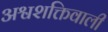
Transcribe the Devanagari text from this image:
अश्वशक्तिवाली